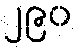
၂၉၀